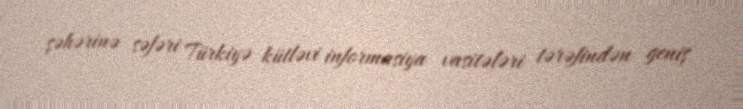
şəhərinə səfəri Türkiyə kütləvi informasiya vasitələri tərəfindən geniş